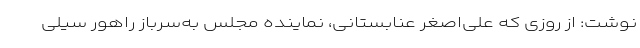
نوشت: از روزی که علی‌اصغر عنابستانی، نماینده مجلس به‌سرباز راهور سیلی